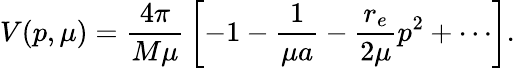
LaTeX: V(p,\mu)={\frac{4\pi}{M\mu}}\left[-1-{\frac{1}{\mu a}}-{\frac{r_{e}}{2\mu}}p^{2}+\cdots\right].